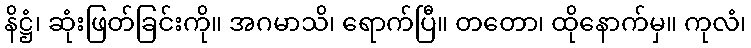
နိဋ္ဌံ၊ ဆုံးဖြတ်ခြင်းကို။ အဂမာသိ၊ ရောက်ပြီ။ တတော၊ ထိုနောက်မှ။ ကုလံ၊